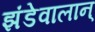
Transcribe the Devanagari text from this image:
झंडेवालान्